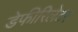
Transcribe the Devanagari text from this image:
डेफीरिलेटर